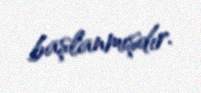
başlanmışdır.